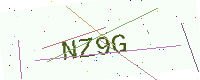
Text: NZ9G